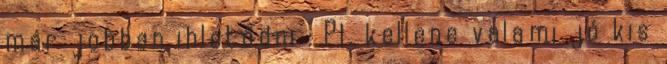
már jobban ihletődni : Pl. kellene valami jó kis